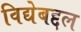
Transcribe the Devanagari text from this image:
विद्येबद्दल